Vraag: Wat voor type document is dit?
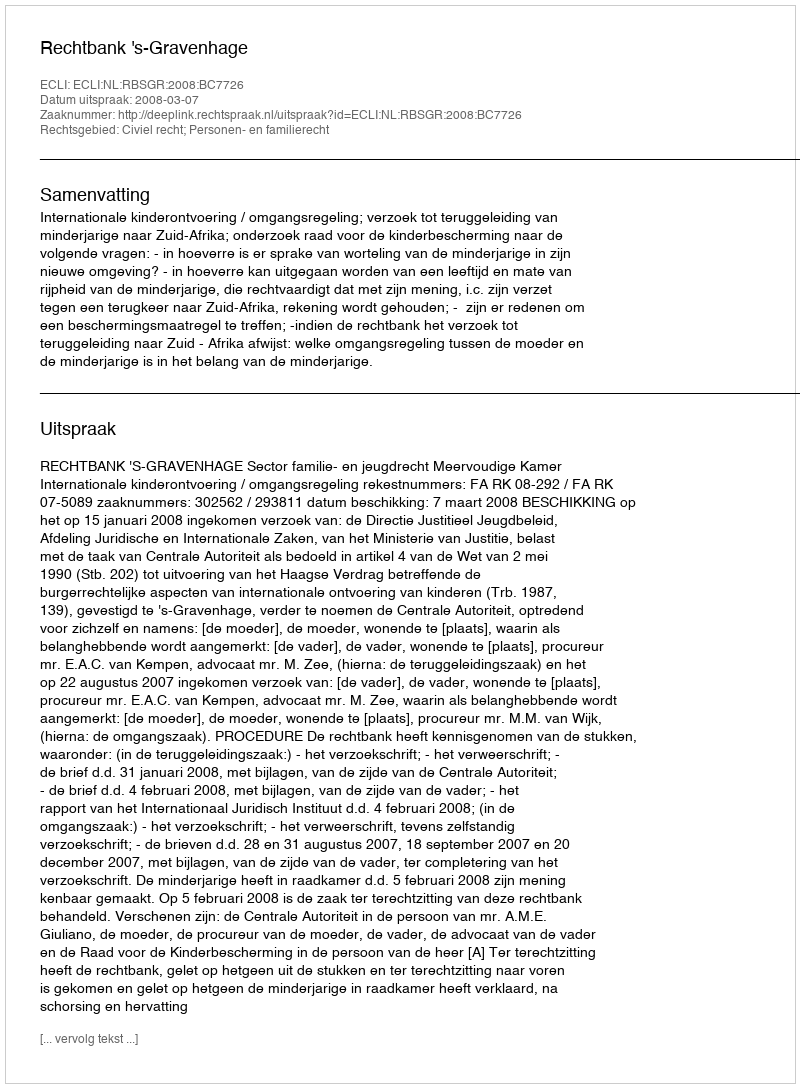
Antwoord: Uitspraak